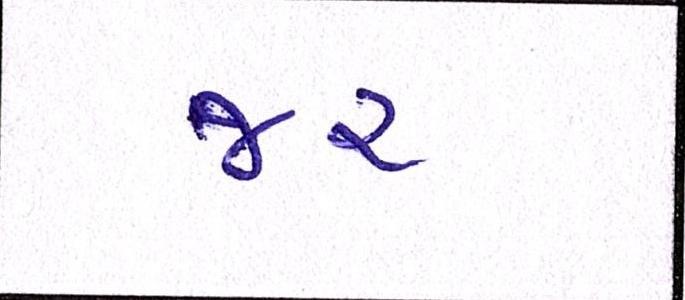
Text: જર